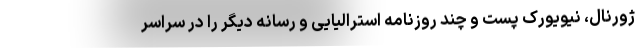
ژورنال، نیویورک پست و چند روزنامه استرالیایی و رسانه دیگر را در سراسر